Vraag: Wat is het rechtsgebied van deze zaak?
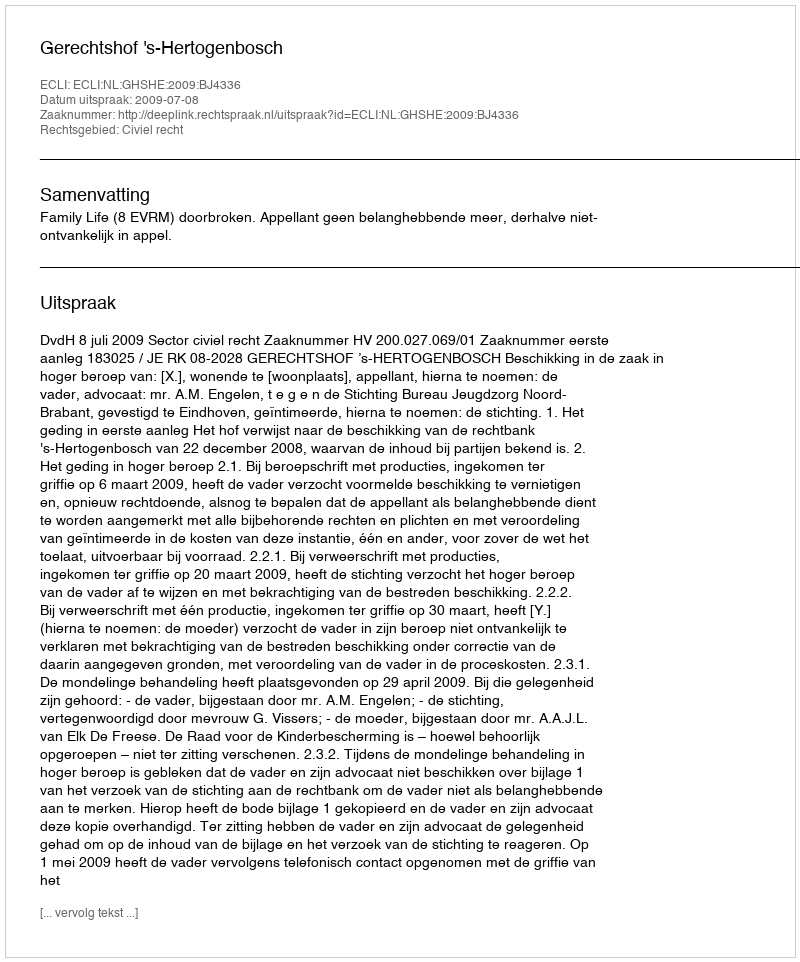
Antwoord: Civiel recht